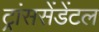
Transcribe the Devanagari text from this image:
ट्रांससेंडेंटल